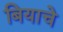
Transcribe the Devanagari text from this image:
बियाचे